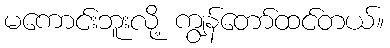
မကောင်းဘူးလို့ ကျွန်တော်ထင်တယ်။